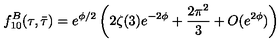
f _ { 1 0 } ^ { B } ( \tau , \bar { \tau } ) = e ^ { \phi / 2 } \left( 2 \zeta ( 3 ) e ^ { - 2 \phi } + \frac { 2 \pi ^ { 2 } } { 3 } + O ( e ^ { 2 \phi } ) \right)